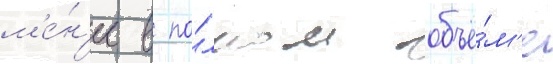
м'е́н'ее в по́лном объё́м'е